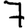
Digit: 7